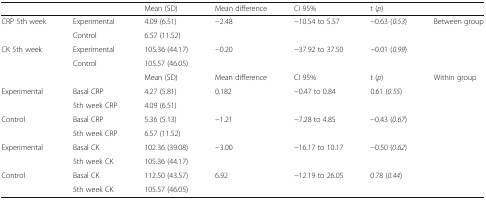
<table><thead><tr><td></td><td></td><td><b>Mean (SD)</b></td><td><b>Mean difference</b></td><td><b>CI 95%</b></td><td><b>t (<i>p</i>)</b></td><td></td></tr></thead><tbody><tr><td rowspan="2">CRP 5th week</td><td>Experimental</td><td>4.09 (6.51)</td><td rowspan="2">−2.48</td><td rowspan="2">−10.54 to 5.57</td><td rowspan="2">−0.63 (<i>0.53</i>)</td><td rowspan="4">Between group</td></tr><tr><td>Control</td><td>6.57 (11.52)</td></tr><tr><td rowspan="2">CK 5th week</td><td>Experimental</td><td>105.36 (44.17)</td><td rowspan="2">−0.20</td><td rowspan="2">−37.92 to 37.50</td><td rowspan="2">−0.01 (<i>0.99</i>)</td></tr><tr><td>Control</td><td>105.57 (46.05)</td></tr><tr><td></td><td></td><td>Mean (SD)</td><td>Mean difference</td><td>CI 95%</td><td>t (<i>p</i>)</td><td rowspan="9">Within group</td></tr><tr><td rowspan="2">Experimental</td><td>Basal CRP</td><td>4.27 (5.81)</td><td rowspan="2">0.182</td><td rowspan="2">−0.47 to 0.84</td><td rowspan="2">0.61 (<i>0.55</i>)</td></tr><tr><td>5th week CRP</td><td>4.09 (6.51)</td></tr><tr><td rowspan="2">Control</td><td>Basal CRP</td><td>5.36 (5.13)</td><td rowspan="2">−1.21</td><td rowspan="2">−7.28 to 4.85</td><td rowspan="2">−0.43 (<i>0.67</i>)</td></tr><tr><td>5th week CRP</td><td>6.57 (11.52)</td></tr><tr><td rowspan="2">Experimental</td><td>Basal CK</td><td>102.36 (39.08)</td><td rowspan="2">−3.00</td><td rowspan="2">−16.17 to 10.17</td><td rowspan="2">−0.50 (<i>0.62</i>)</td></tr><tr><td>5th week CK</td><td>105.36 (44.17)</td></tr><tr><td rowspan="2">Control</td><td>Basal CK</td><td>112.50 (43.57)</td><td rowspan="2">6.92</td><td rowspan="2">−12.19 to 26.05</td><td rowspan="2">0.78 (<i>0.44</i>)</td></tr><tr><td>5th week CK</td><td>105.57 (46.05)</td></tr></tbody></table>